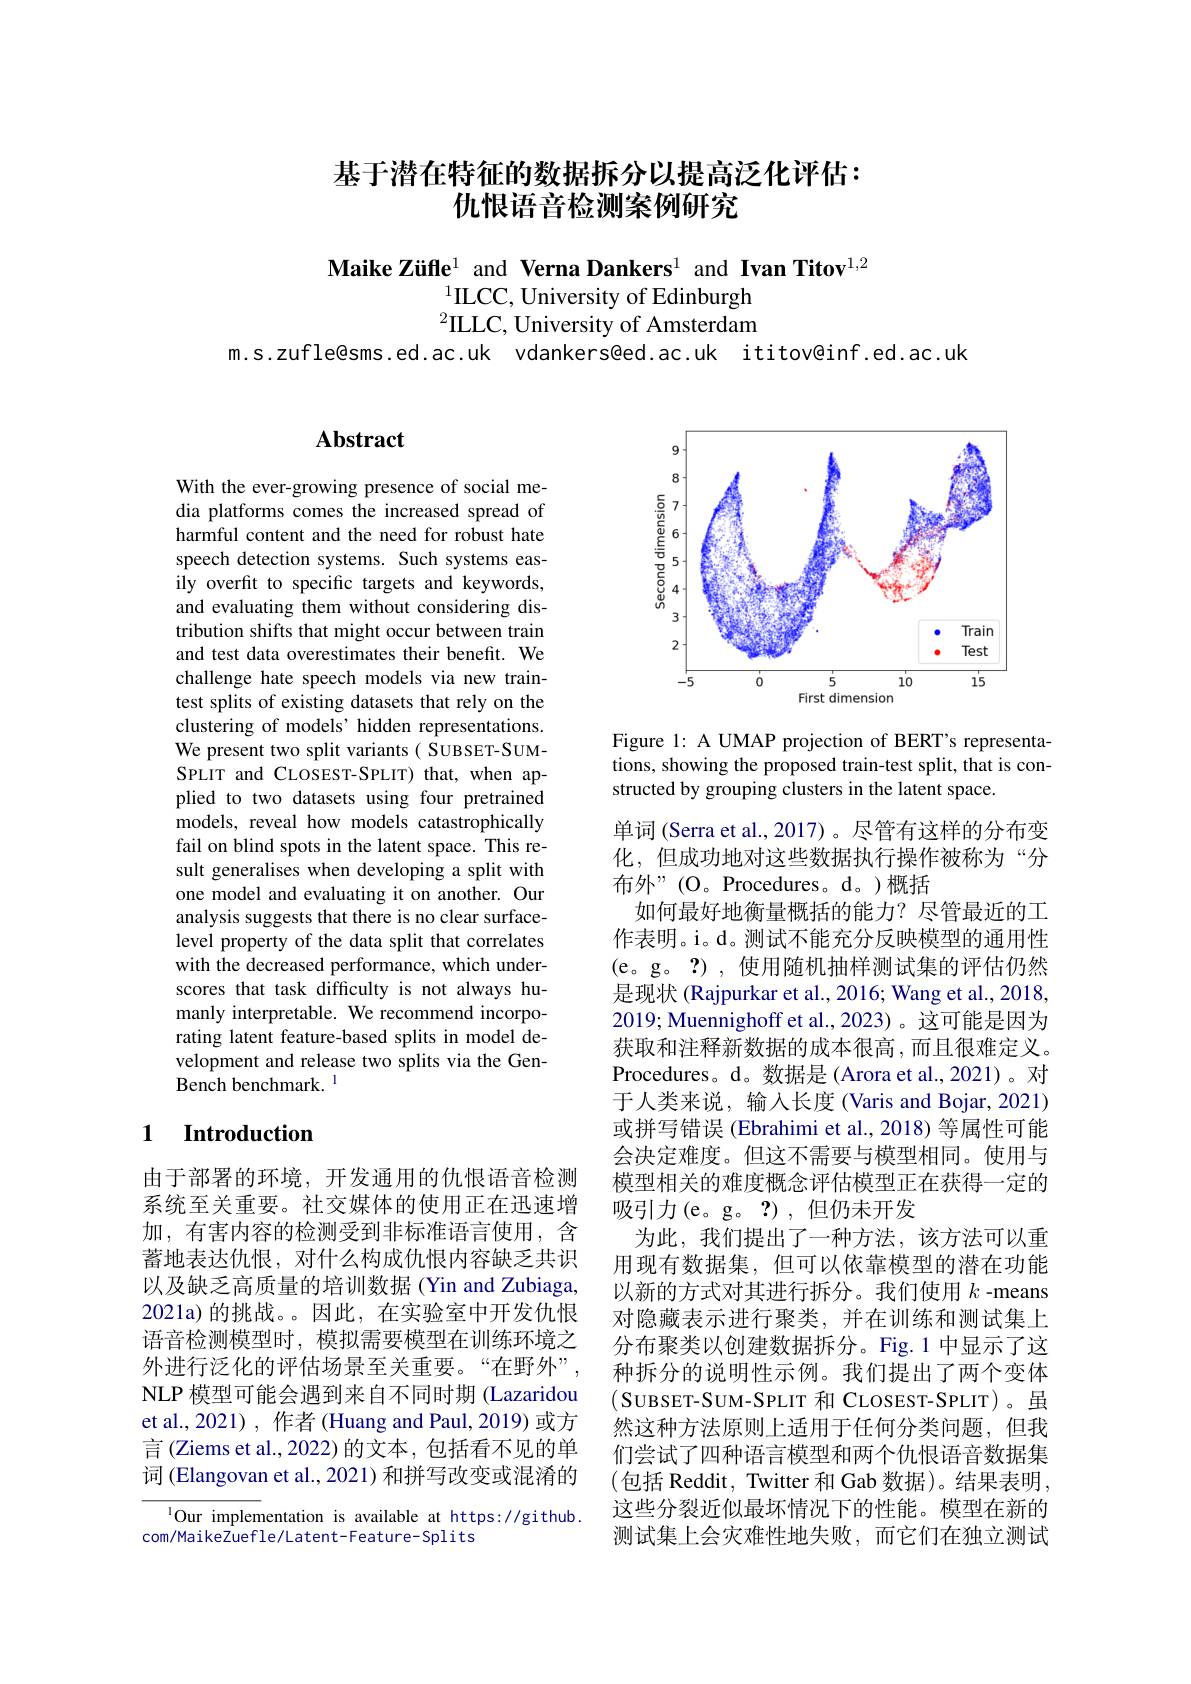
# 基于潜在特征的数据拆分以提高泛化评估： 仇恨语音检测案例研究

Maike Züfle$^{1}$ and Verna Dankers$^{1}$ and Ivan Titov$^{1,2}$
$^{1}$ILCC, University of Edinburgh $^2$ILLC, University of Amsterdam

m.s.zufle@sms.ed.ac.uk vdankers@ed.ac.uk ititov@inf.ed.ac.uk

# Abstract

With the ever-growing presence of social media platforms comes the increased spread of harmful content and the need for robust hate speech detection systems. Such systems easily overfit to specific targets and keywords, and evaluating them without considering distribution shifts that might occur between train and test data overestimates their benefit. We challenge hate speech models via new traintest splits of existing datasets that rely on the $\hat{\text{clustering of models' hidden representations.}}$ We present two split variants( SUBSET-SUMSPLIT and CLOSEST-SPLIT) that, when applied to two datasets using four pretrained models, reveal how models catastrophically fail on blind spots in the latent space. This result generalises when developing a split with one model and evaluating it on another. Our analysis suggests that there is no clear surfacelevel property of the data split that correlates with the decreased performance, which underscores that task difficulty is not always humanly interpretable. We recommend incorporating latent feature-based splits in model development and release two splits via the GenBench benchmark. $^{\mathrm{l}}$

### 1 $\textbf{Introduction}$

由于部署的环境，开发通用的仇恨语音检测系统至关重要。社交媒体的使用正在迅速增加，有害内容的检测受到非标准语言使用，含蓄地表达仇恨，对什么构成仇恨内容缺乏共识以及缺乏高质量的培训数据 (Yin and Zubiaga, 2021a)的挑战。。因此，在实验室中开发仇恨语音检测模型时，模拟需要模型在训练环境之外进行泛化的评估场景至关重要。“在野外”, NLP 模型可能会遇到来自不同时期 (Lazaridou et al., 2021) , 作者 (Huang and Paul, 2019) 或方言(Ziems et al., 2022)的文本，包括看不见的单词 (Elangovan et al., 2021) 和拼写改变或混淆的

$^{1}$Our implementation is available at https://github.
com/MaikeZuefle/Latent-Feature-Splits

<FigureHere>

Figure 1: A UMAP projection of BERT's representations, showing the proposed train-test split, that is constructed by grouping clusters in the latent space.

单词 (Serra et al., 2017)。尽管有这样的分布变化，但成功地对这些数据执行操作被称为“分布外”(O。Procedures。d。)概括
如何最好地衡量概括的能力？尽管最近的工作表明。i。d。测试不能充分反映模型的通用性(e。g。?),使用随机抽样测试集的评估仍然是现状 (Rajpurkar et al., 2016; Wang et al., 2018, 2019; Muennighoff et al., 2023) 。这可能是因为获取和注释新数据的成本很高，而且很难定义。Procedures。d。数据是(Arora et al.,2021)。对于人类来说，输入长度(Varis and Bojar, 2021) 或拼写错误 (Ebrahimi et al., 2018) 等属性可能会决定难度。但这不需要与模型相同。使用与模型相关的难度概念评估模型正在获得一定的吸引力(e。g。?),但仍未开发
为此，我们提出了一种方法，该方法可以重用现有数据集，但可以依靠模型的潜在功能以新的方式对其进行拆分。我们使用$k$ -means 对隐藏表示进行聚类，并在训练和测试集上分布聚类以创建数据拆分。Fig.1 中显示了这种拆分的说明性示例。我们提出了两个变体(SUBSET-SUM-SPLIT 和 CLOSEST-SPLIT)。虽然这种方法原则上适用于任何分类问题，但我们尝试了四种语言模型和两个仇恨语音数据集(包括 Reddit, Twitter 和 Gab 数据)。结果表明， 这些分裂近似最坏情况下的性能。模型在新的测试集上会灾难性地失败，而它们在独立测试